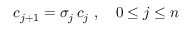
c _ { j + 1 } = \sigma _ { j } \, c _ { j } \ , \quad 0 \leq j \leq n